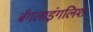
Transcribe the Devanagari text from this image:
बँगलाइंगलिश